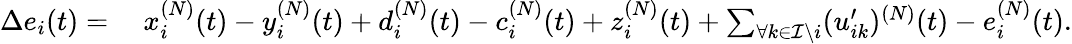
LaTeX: \begin{array}{rl}{\Delta e_{i}(t)=}&{~x_{i}^{(N)}(t)-y_{i}^{(N)}(t)+d_{i}^{(N)}(t)-c_{i}^{(N)}(t)+z_{i}^{(N)}(t)+\sum_{\forall k\in\mathcal{I}\backslash i}(u_{ik}^{\prime})^{(N)}(t)-e_{i}^{(N)}(t).}\end{array}